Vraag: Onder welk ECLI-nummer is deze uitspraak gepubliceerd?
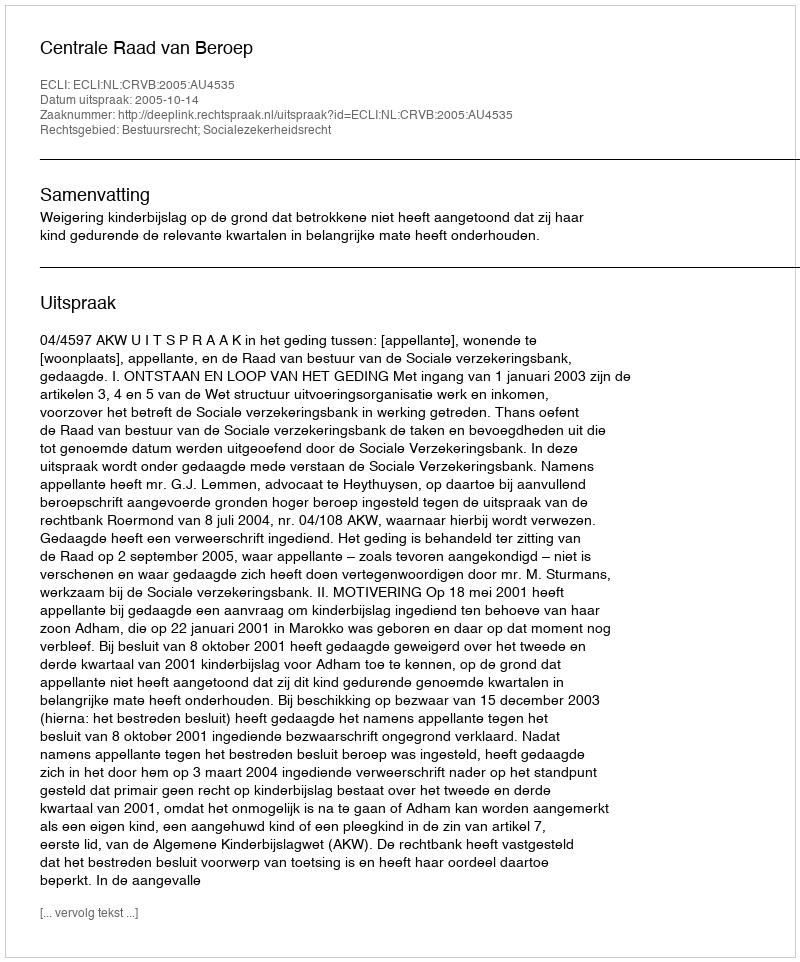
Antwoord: ECLI:NL:CRVB:2005:AU4535